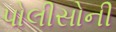
પોલીસોની